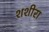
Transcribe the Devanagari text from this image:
शशीरा